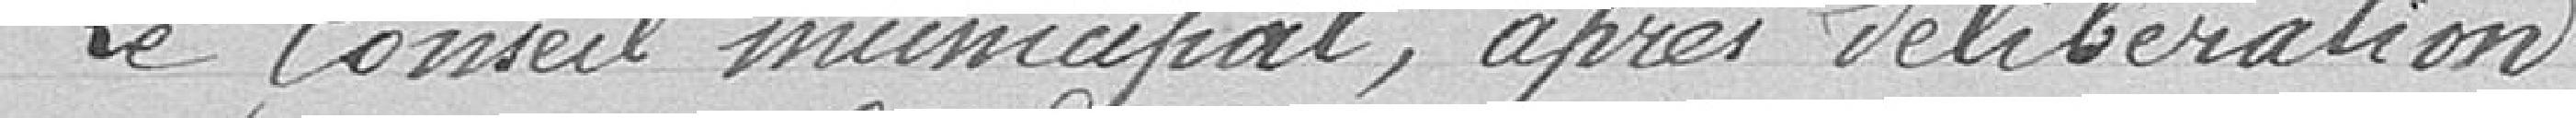
Le Conseil municipal, après délibération :